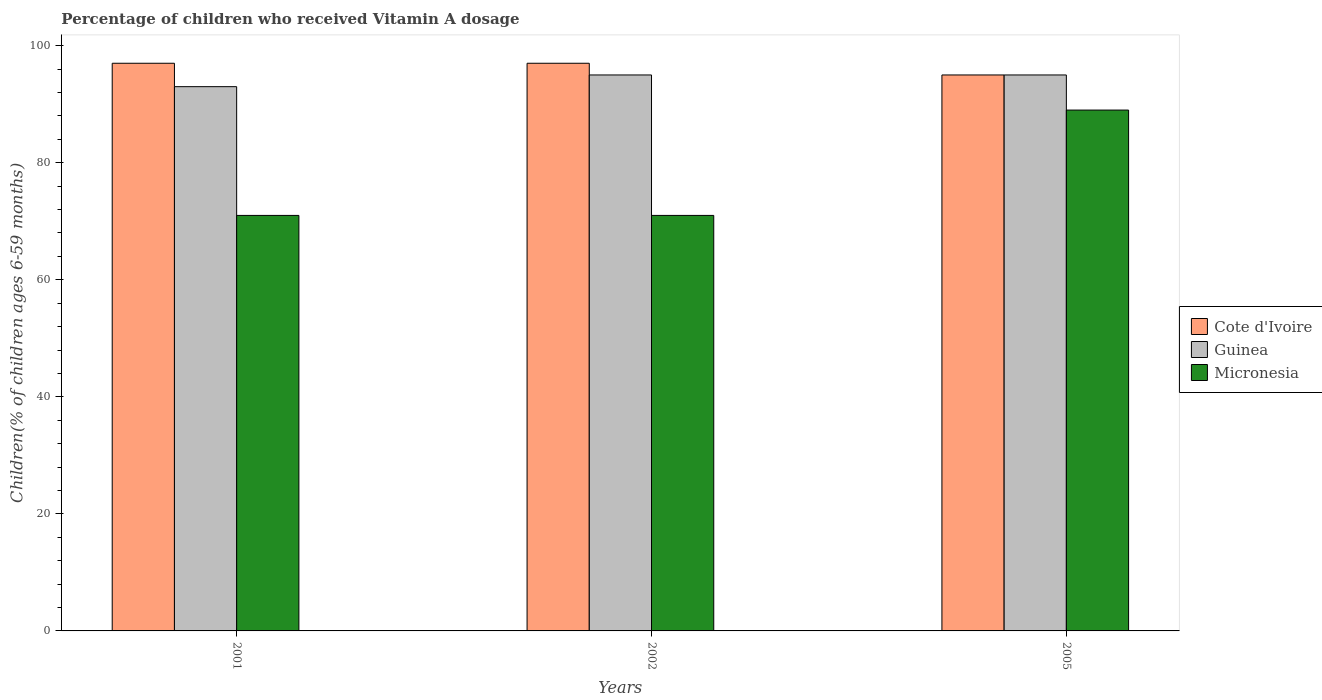
| Years | Cote d'Ivoire | Guinea | Micronesia |
 | --- | --- | --- | --- |
 | 2001 | 97 | 93 | 71 |
 | 2002 | 97 | 95 | 71 |
 | 2005 | 95 | 95 | 89 |